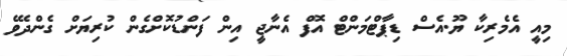
މިއީ އެމެރިކާ ޔޫ.އެސް ޑިޕާޓްމަންޓް އޮފް އެނާޖީ އިން ފަންޑުކޮށްގެން ކުރިޔަށް ގެންދެވޭ